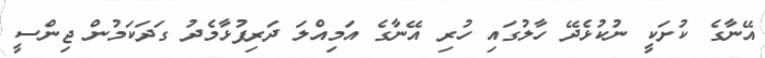
އޭނާގެ ކުށަކީ ނުކުޅެދޭ ހާލުގައި ހުރި އޭނާގެ އަމިއްލަ ދަރިފުޅާމެދު ގަދަކަމުން ޖިންސީ